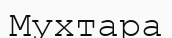
Мухтара